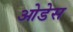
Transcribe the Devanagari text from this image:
ओडेस